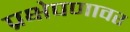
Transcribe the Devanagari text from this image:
प्रक्षेपणावर